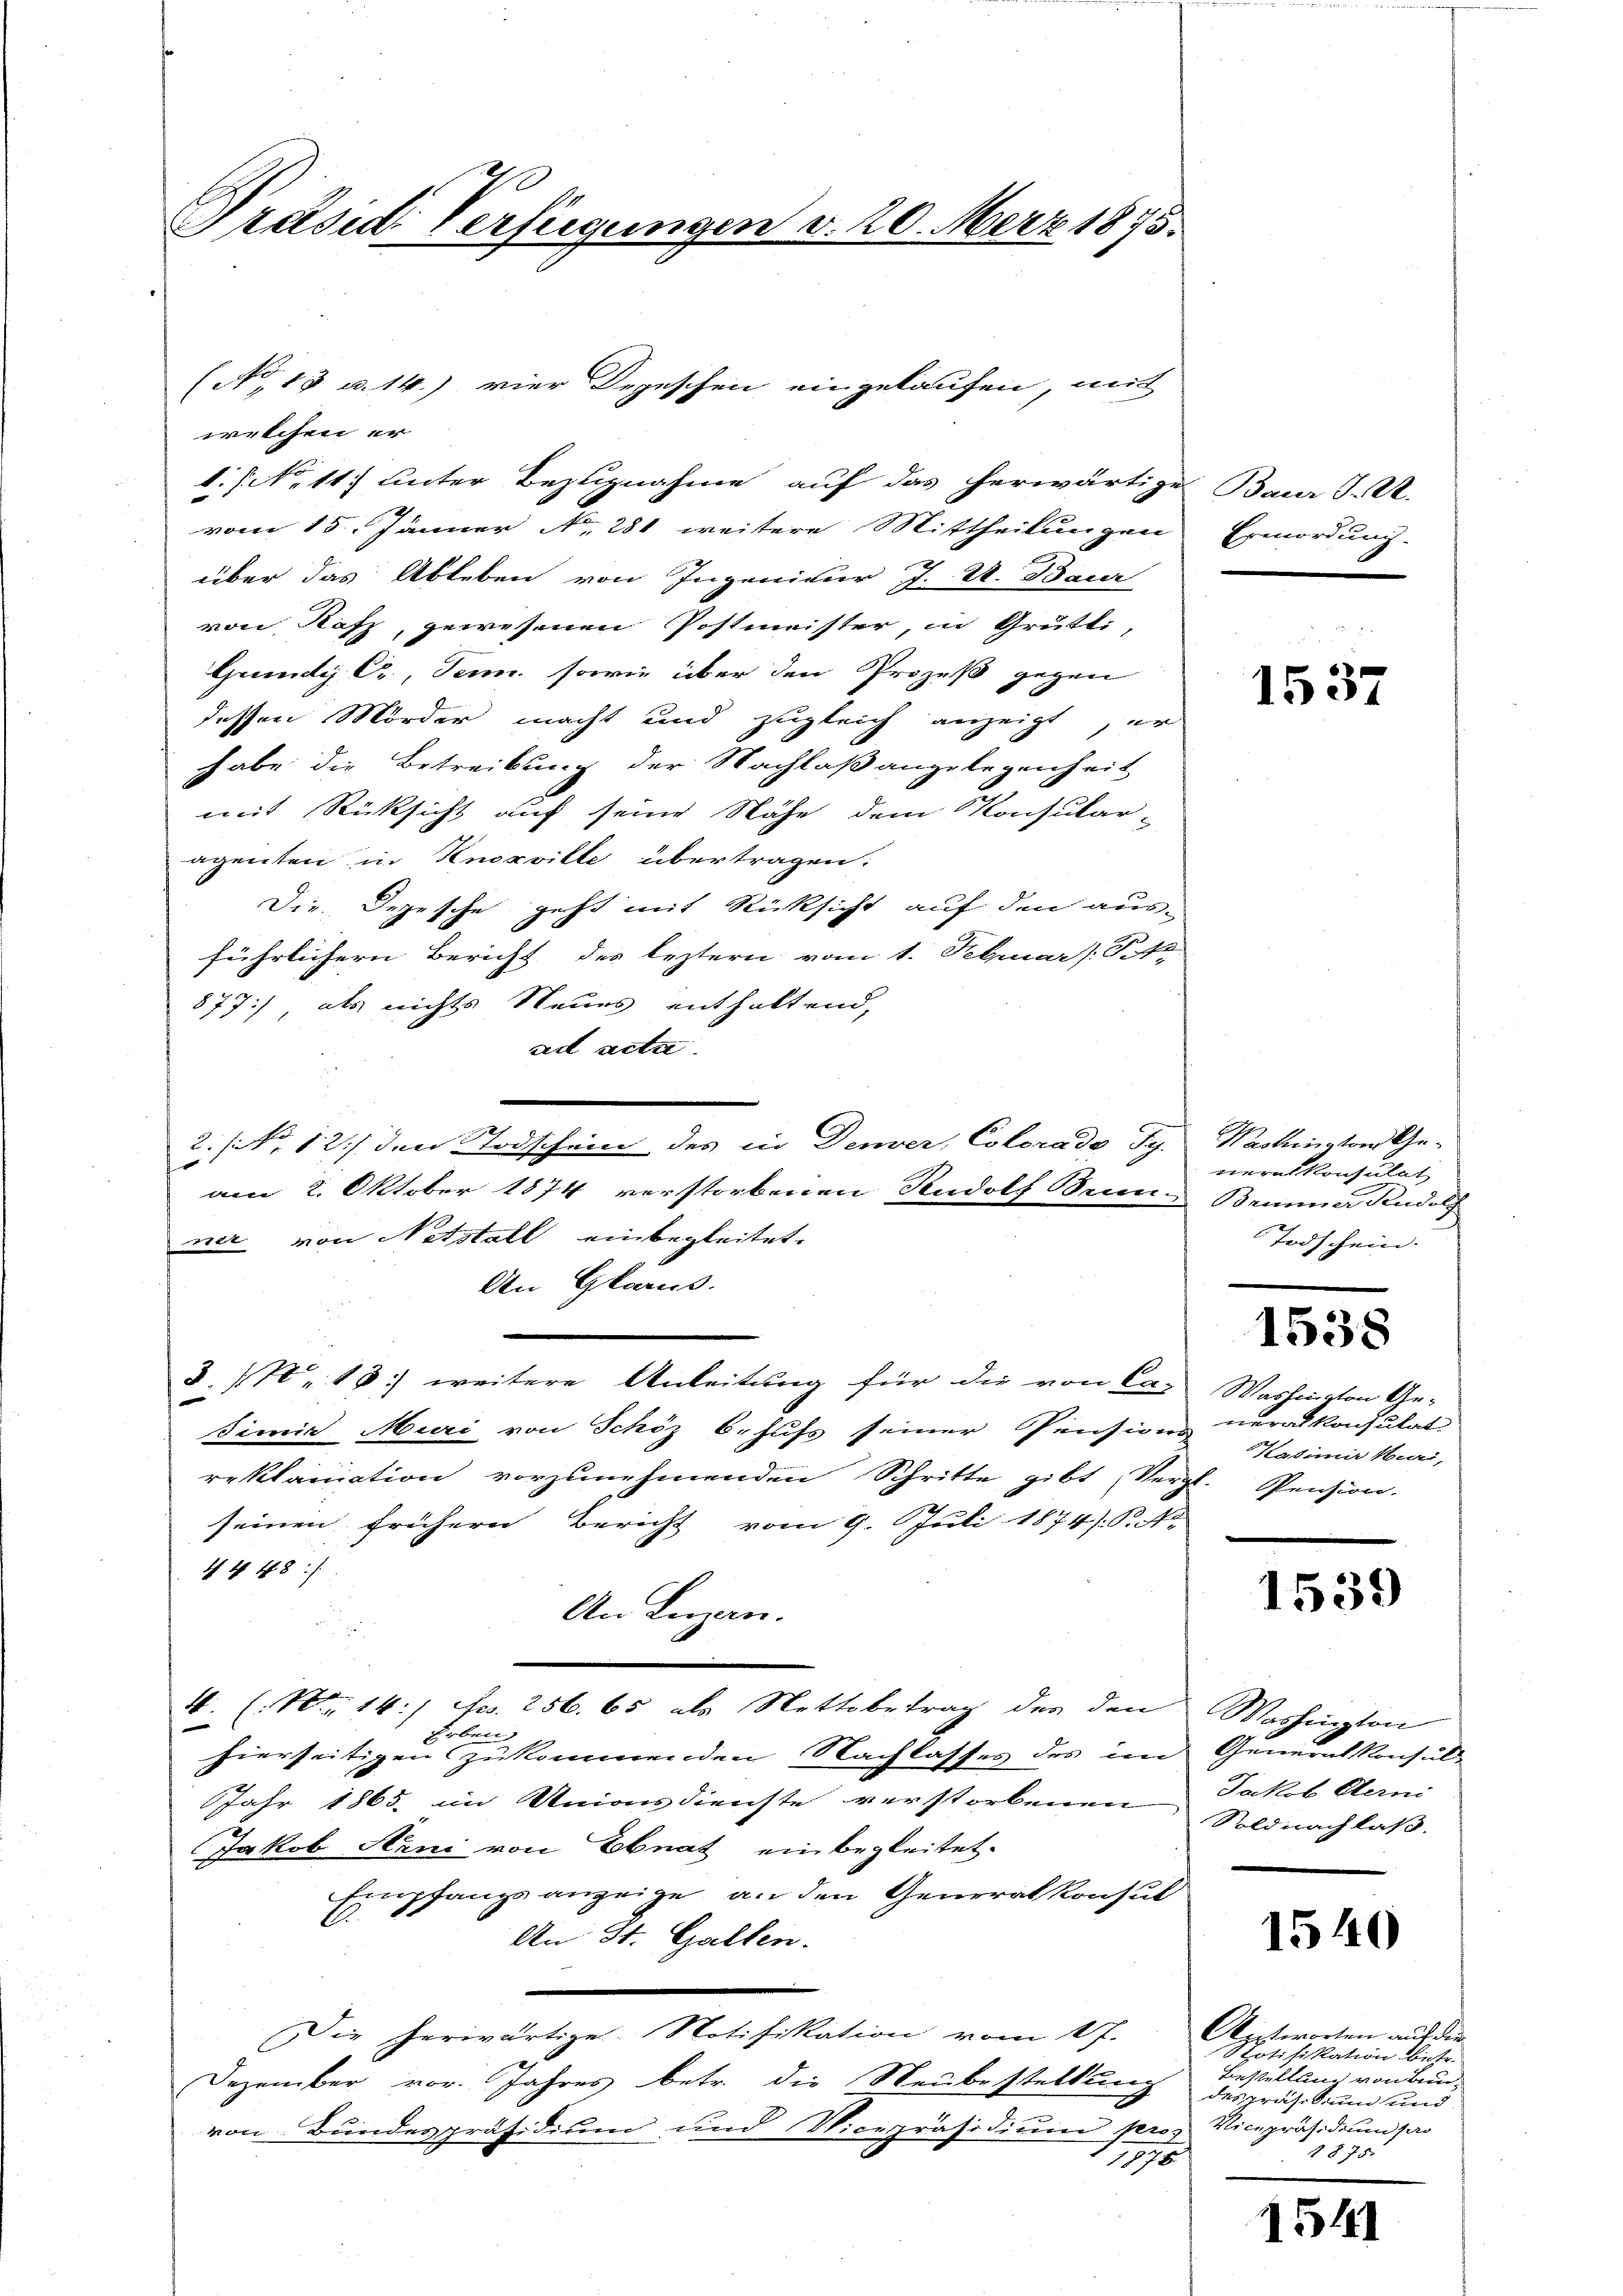
Präsid. Verfügungen v. 20. März 1875.

welchen er
1. (N. 11. unter Bezugnahme auf das herwärtige Baur J. A.
vom 15. Jänner N. 281 weitere Mittheilungen
über das Ableben von Ingeniter J. V. Baur
von Rafz, gewesenen Postmeister, in Grütti,
Grunde Cr., Senn, sowie über den Prozeß gegen
dessen Mörder macht und zugleich anzeigt, er
habe die Betreibung der Nachlaßangelegenheit
mit Rücksicht auf seine Nähe dem Konsular-
agenten in Knorville übertragen.
Die Depesche geht mit Rücksicht auf den aus-
führlichern Bericht des leztern vom 1. Februar (S.
877) als nichts Neues enthaltend,
ad acta.
2: No 12./ den Todschein des in Denver, Colorado Ty
am 2. Oktober 1874 verstorbenen Rudolf Brun
ner von Notstall einbegleitet.
An Glarus.
8. No 13) weitere Anleitung für die von Ca-
Sinie Muri von Schöz 6. hufs seiner Pension
reklamation vorzunehmenden Schritte gibt Ver-
seinen frühern Bericht vom 9. Juli 1874. P. Nr.
44 48:
An Luzen.
4. (N.14) Fr. 256. 65 als Nettobetrag des den Washington
2
Erben.
hierseitigen zukommenden Nachlasses des im Generalkonsul
Jahr 1865. im Unionsdienste verstorbenen Soldnachlaß.
Jakob Arni von Ebnat, einbegleitet.
Empfangsanzeige an den Generalkonsul
An St. Gallen.
Die herwärtige Notifikation vom 17.
Dezember vor. Jahres betr. die Neubestellung
von Bundespräsidiŭm und Vicepräsidiŭm pro. Vicepräsidium pro
15

(No 13 u. 14) vier Depeschen eingelaufen, mit

Ermordung.

Washington Generalkonsulat
Beiner Rudolf
Todschein.

Washington Ge-
neralkonsulat
Kadimir Muri,
d. Pension.

Jakob Sterni

Aitworten auf den
Notifikation betr.
Bestellen von Bundespräs. Sinn und
1875.

1537

1538

1539

1540

1541